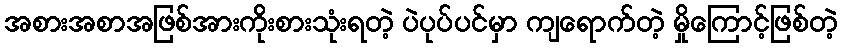
အစားအစာအဖြစ်အားကိုးစားသုံးရတဲ့ ပဲပုပ်ပင်မှာ ကျရောက်တဲ့ မှိုကြောင့်ဖြစ်တဲ့